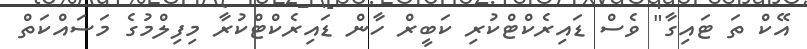
އޭކް ތަ ޓައިގާ" ވެސް ޑައިރެކްޓްކުރި ކަބީރް ހާން ޑައިރެކްޓްކުރާ މިފިލްމުގެ މަސައްކަތް